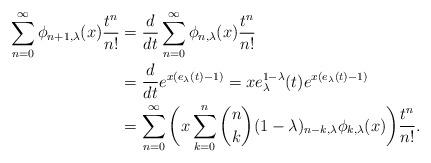
LaTeX: \begin{align*}\sum_{n=0}^{\infty}\phi_{n+1,\lambda}(x)\frac{t^{n}}{n!}&=\frac{d}{dt}\sum_{n=0}^{\infty}\phi_{n,\lambda}(x)\frac{t^{n}}{n!} \\&=\frac{d}{dt}e^{x(e_{\lambda}(t)-1)}=xe_{\lambda}^{1-\lambda}(t)e^{x(e_{\lambda}(t)-1)} \\&=\sum_{n=0}^{\infty}\bigg(x\sum_{k=0}^{n}\binom{n}{k}(1-\lambda)_{n-k,\lambda}\phi_{k,\lambda}(x)\bigg)\frac{t^{n}}{n!}. \end{align*}